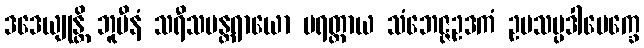
ဒဒေယျုန္တိ ဘူမီနံ သရီသပန္တရာယော ပရတ္ထာယ သံဘေဇ္ဇဥဒကံ ဥပသမ္ပဒါပေက္ခေ